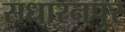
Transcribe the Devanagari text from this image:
सधारनपुर